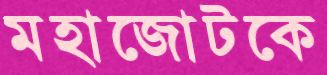
মহাজোটকে